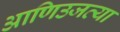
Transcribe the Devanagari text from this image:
आणिउजव्या